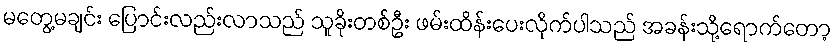
မတွေ့မချင်း ပြောင်းလည်းလာသည် သူခိုးတစ်ဦး ဖမ်းထိန်းပေးလိုက်ပါသည် အခန်းသို့ရောက်တော့